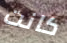
كانت